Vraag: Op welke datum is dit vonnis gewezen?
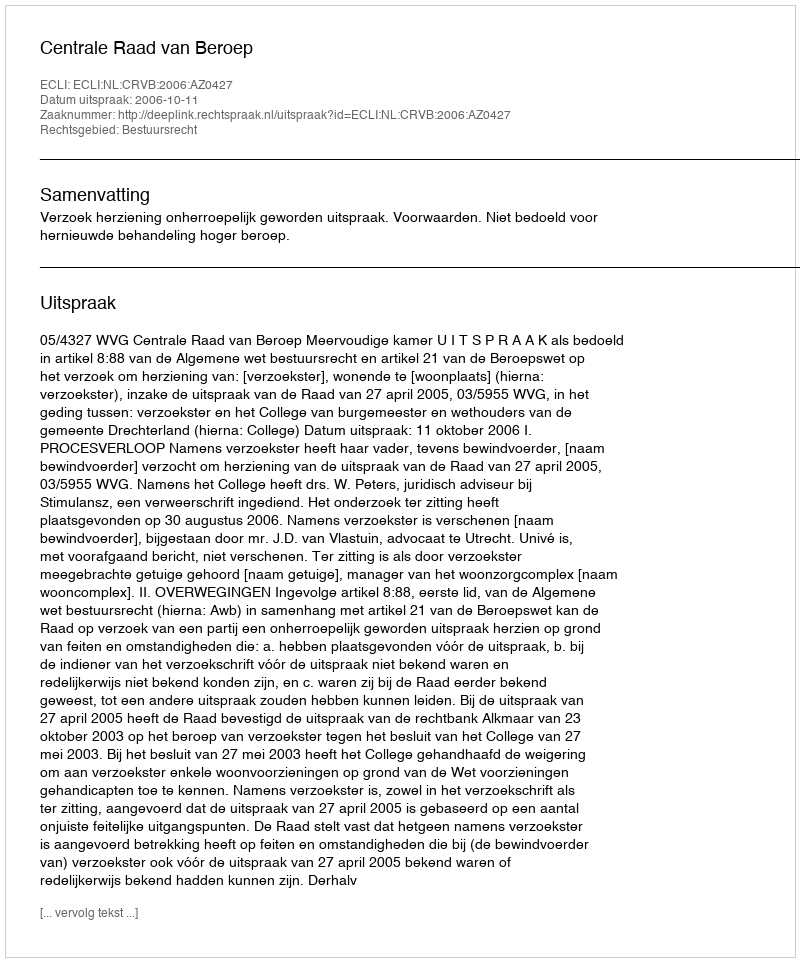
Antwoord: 2006-10-11